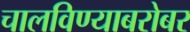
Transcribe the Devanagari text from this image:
चालविण्याबरोबर